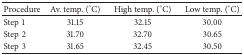
<table><thead><tr><td><b>Procedure</b></td><td><b>Av. temp. (°C)</b></td><td><b>High temp. (°C)</b></td><td><b>Low temp. (°C)</b></td></tr></thead><tbody><tr><td>Step1</td><td>31.15</td><td>32.15</td><td>30.00</td></tr><tr><td>Step2</td><td>31.70</td><td>32.70</td><td>30.65</td></tr><tr><td>Step3</td><td>31.65</td><td>32.45</td><td>30.50</td></tr></tbody></table>